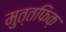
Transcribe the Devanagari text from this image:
मुत्तफिक़